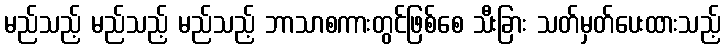
မည်သည့် မည်သည့် မည်သည့် ဘာသာစကားတွင်ဖြစ်စေ သီးခြား သတ်မှတ်ပေးထားသည့်